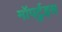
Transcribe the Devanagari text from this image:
मॉपर्टुइस